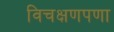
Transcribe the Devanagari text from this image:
विचक्षणपणा